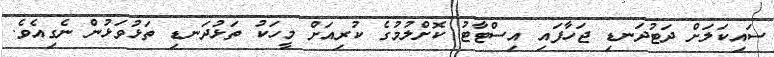
ސައިކަލަށް ދަޓުދަނޑި ޖަހާފައި އިސްޓާޓު ކޮށްލުމުގެ ކުރިއަށް މީހަކު ތަޅުދަނޑި ތަޅުވަޅުން ނެގިއެވެ.